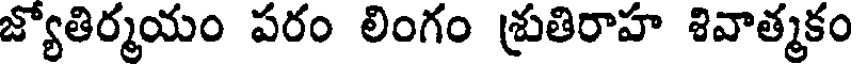
జ్యోతిర్మయం పరం లింగం శ్రుతిరాహ శివాత్మకం